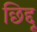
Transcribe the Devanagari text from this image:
छिद्दू